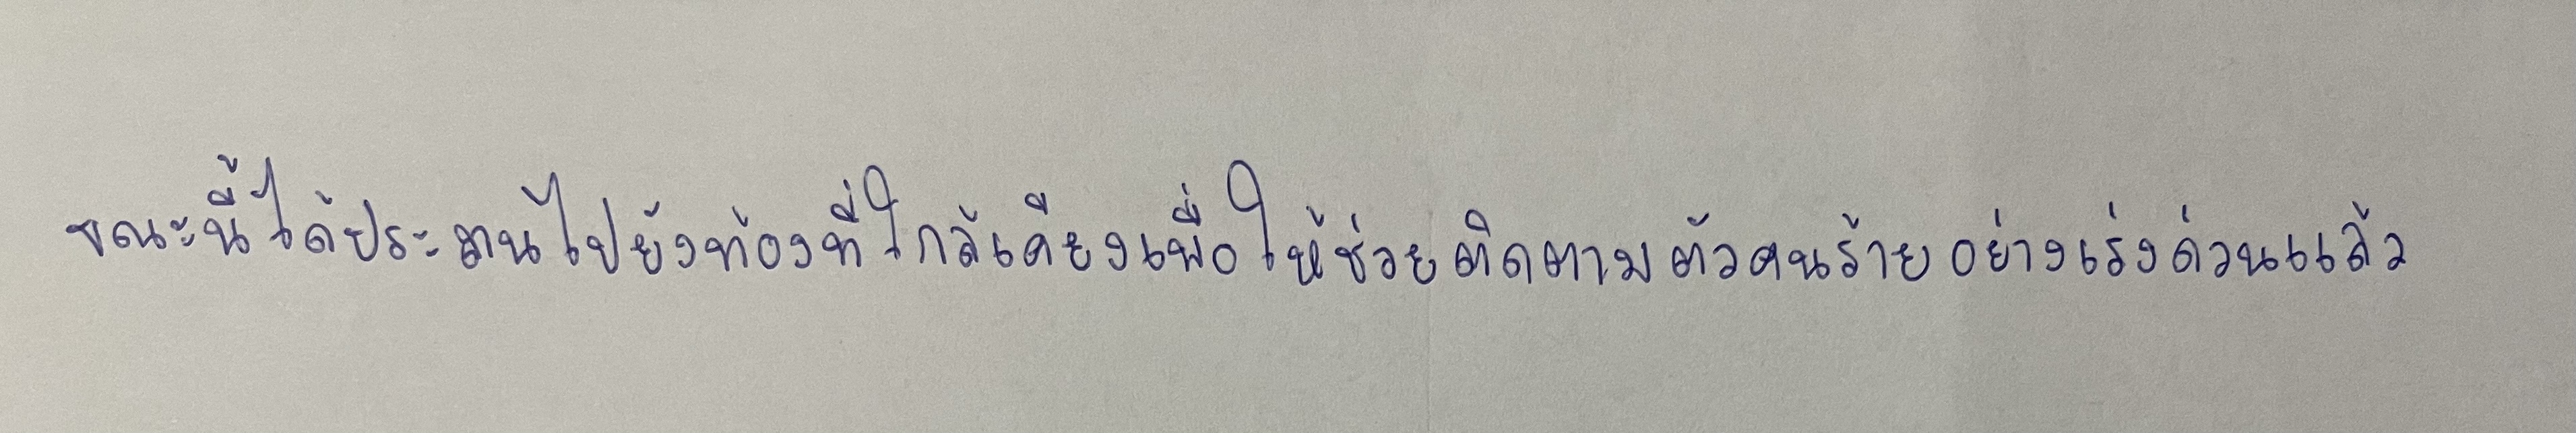
ขณะนี้ได้ประสานไปยังท้องที่ใกล้เคียงเพื่อให้ช่วยติดตามตัวคนร้ายอย่างเร่งด่วนแล้ว